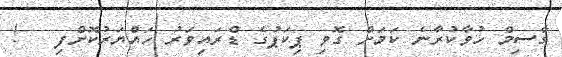
ގާސިމް ހުވާކުރާނެ ކަމަށް ގޮވި ޕިކަޕުގެ ޑްރައިވަރު ހައްޔަރުކޮށްފި   !